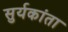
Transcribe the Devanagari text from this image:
सुर्यकांता